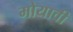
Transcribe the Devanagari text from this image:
मोयावी